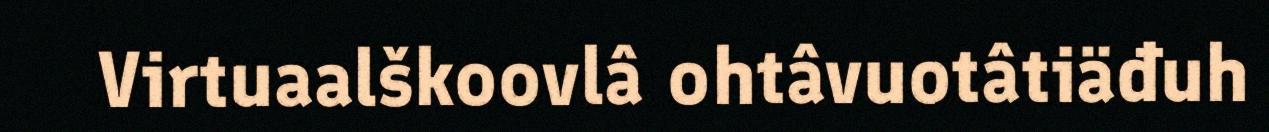
Virtuaalškoovlâ ohtâvuotâtiäđuh